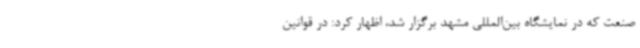
صنعت که در نمایشگاه بین‌المللی مشهد برگزار شد، اظهار کرد: در قوانین